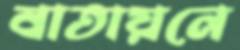
বাতায়নে